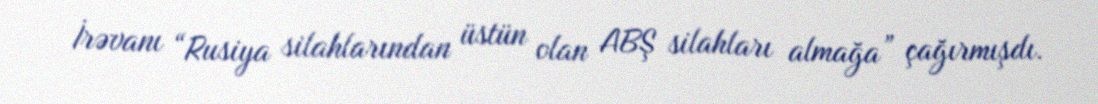
İrəvanı “Rusiya silahlarından üstün olan ABŞ silahları almağa” çağırmışdı.